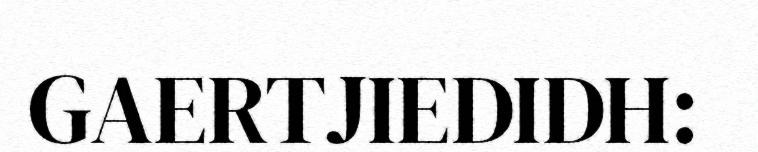
GAERTJIEDIDH: